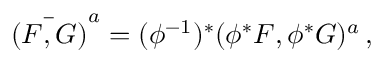
{ \bar { ( F , G ) } } ^ { a } = ( \phi ^ { - 1 } ) ^ { * } ( \phi ^ { * } F , \phi ^ { * } G ) ^ { a } \, ,